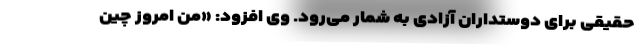
حقیقی برای دوستداران آزادی به شمار می‌رود. وی افزود: «من امروز چین